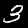
Label: 3